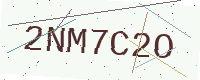
Text: 2NM7C2O